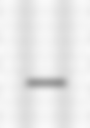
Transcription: –